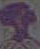
-